Report on vaccination in Madras 1895-1903 - 1895-1903
Year: 1895
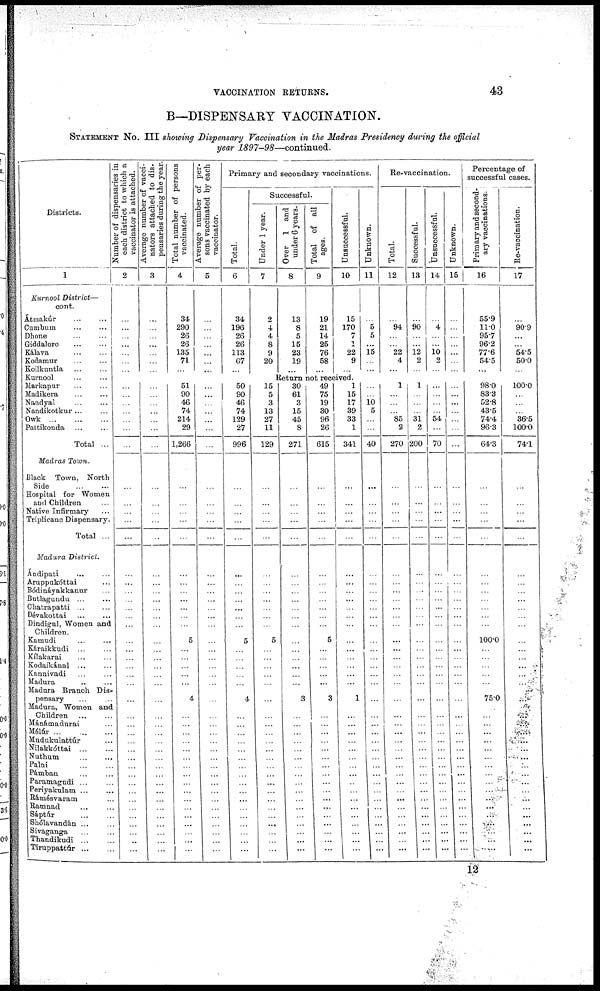
VACCINATION RETURNS.
43
B—DISPENSARY VACCINATION.
STATEMENT No. III showing Dispensary Vaccination in the Madras Presidency during the official
year 1897-98—continued.
Districts.
1
Kurnool District—
cont.
Átmakúr ... ...
Cumbum
...
...
Dhone ... ...
Giddalore
...
...
Kálava ... ...
Kodamur
...
...
Koilkantla
...
...
Kurnool ... ...
Markapur ... ...
Madikera ... ...
Nandyal ... ...
Nandikotkur ... ...
Owk
...
...
...
Pattikonda ... ...
Total ...
Madras Town.
Black Town, North
Side
...
...
Hospital for Women
and Children ...
Native Infirmary ...
Triplicane Dispensary.
Total ...
Madura District.
Ándipati ... ...
Aruppukóttai ...
Bódináyakkanur ...
Butlagundu
...
...
Chatrapatti ... ...
Dévakottai
...
...
Dindigul, Women and
Children.
Kamudi ... ...
Káraikkudi ... ...
Kílakarai ... ...
Kodaikánal ... ...
Kannivadi ... ...
Madura
...
...
Madura Branch Dis-
pensary ... ...
Madura, Women and
Children
...
...
Mánámadurai ...
Mélúr
...
...
...
Mudukulattúr ...
Nilakkóttai
...
...
Nuthum
...
...
Palni
...
...
Pámban ... ...
Paramagudi ... ...
Periyakulam ... ...
Rámésvaram ...
Ramnad ... ...
Sáptúr
...
...
Shólavandán ... ...
Sivaganga ... ...
Thandikudi
...
...
Tiruppattúr
...
...
Number of dispensaries in
each district to which a
vaccinator is attached.
2
...
...
...
...
...
...
...
Average number of vacci-
nators attached to dis-
pensaries during the year.
3
...
...
...
...
...
...
...
Total number of persons
vaccinated.
4
34
290
26
26
135
71
...
Average number of per-
sons vaccinated by each
vaccinator.
5
...
...
...
...
...
...
...
Primary and secondary vaccinations.
Total.
6
34
196
26
26
113
67
...
Successful.
Under 1 year.
7
2
4
4
8
9
20
...
Over 1 and
under 6 years.
8
13
8
5
15
23
19
...
Total of all
ages.
9
19
21
14
25
76
58
...
Unsuccessful.
10
15
170
7
1
22
9
...
Unknown.
11
...
5 5
...
15
...
...
Re-vaccination.
Total.
12
...
94
...
...
22
4
...
Successful.
13
...
90
...
...
12
2
...
Unsuccessful.
14
...
4
...
...
10 2
...
Unknown.
15
...
...
...
...
...
...
...
Percentage of
successful cases.
Primary and second-
ary vaccinations.
16
559
11.0
95.7
96.2
77.6
54.5
...
Re-vaccination.
17
...
90.9
...
...
54.5
50.0
...
Return not received.
...
...
...
...
...
...
...
...
...
...
...
...
...
...
...
...
...
...
...
...
...
...
...
...
...
...
...
...
...
...
...
...
...
...
...
...
...
...
...
...
...
...
...
...
...
...
...
...
...
...
...
...
...
...
...
...
...
...
...
...
...
...
...
...
...
...
...
...
...
...
...
...
...
...
...
...
...
...
...
...
...
...
...
...
...
...
51
90
46
74
214
29
1,266
...
...
...
...
...
...
...
...
...
...
...
...
5
...
...
...
...
...
4
...
...
...
...
...
...
...
...
...
...
...
...
...
...
...
...
...
...
...
...
...
...
...
...
...
...
...
...
...
...
...
...
...
...
...
...
...
...
...
...
...
...
...
...
...
...
...
...
...
...
...
...
...
...
...
...
...
...
...
...
50
90
46
74
129
27
996
...
...
...
...
...
...
...
...
...
...
...
...
5
...
...
...
...
...
4
...
...
...
...
...
...
...
...
...
...
...
...
...
...
...
...
...
15
5
3
13
27
11
129
...
...
...
...
...
...
...
...
...
...
...
...
5
...
...
...
...
...
...
...
...
...
...
...
...
...
...
...
...
...
...
...
...
...
...
...
30
61
3
15
45
8
271
...
...
...
...
...
...
...
...
...
...
...
...
...
...
...
...
...
...
3
...
...
...
...
...
...
...
...
...
...
...
...
...
...
...
...
...
49
75
19
30
96
26
615
...
...
...
...
...
...
...
...
...
...
...
...
5
...
...
...
...
...
3
...
...
...
...
...
...
...
...
...
...
...
...
...
...
...
...
...
1
15
17
39
33
1
341
...
...
...
...
...
...
...
...
...
...
...
...
...
...
...
...
...
...
1
...
...
...
...
...
...
...
...
...
...
...
...
...
...
...
...
...
...
...
10 5
...
...
40
...
...
...
...
...
...
...
...
...
...
...
...
...
...
...
...
...
...
...
...
...
...
...
...
...
...
...
...
...
...
...
...
...
...
...
...
1
...
...
...
85
2
270
...
...
...
...
...
...
...
...
...
...
...
...
...
...
...
...
...
...
...
...
...
...
...
...
...
...
...
...
...
...
...
...
...
...
...
...
1
...
...
...
31
2
200
...
...
...
...
...
...
...
...
...
...
...
...
...
...
...
...
...
...
...
...
...
...
...
...
...
...
...
...
...
...
...
...
...
...
...
...
...
...
...
...
54
...
70
...
...
...
...
...
...
...
...
...
...
...
...
...
...
...
...
...
...
...
...
...
...
...
...
...
...
...
...
...
...
...
...
...
...
...
...
...
...
...
...
...
...
...
...
...
...
...
...
...
...
...
...
...
...
...
...
...
...
...
...
...
...
...
...
...
...
...
...
...
...
...
...
...
...
...
...
...
...
...
98.0
83.3
52.8
43.5
74.4
96.3
64.3
...
...
...
...
...
...
...
...
...
...
...
...
100.0
...
...
...
...
...
75.0
...
...
...
...
...
...
...
...
...
...
...
...
...
...
...
...
...
100.0
...
...
...
36.5
100.0
74.1
...
...
...
...
...
...
...
...
...
...
...
...
...
...
...
...
...
...
...
...
...
...
...
...
...
...
...
...
...
...
...
...
...
...
...
...
12